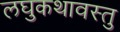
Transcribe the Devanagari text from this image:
लघुकथावस्तु